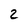
Character: 2